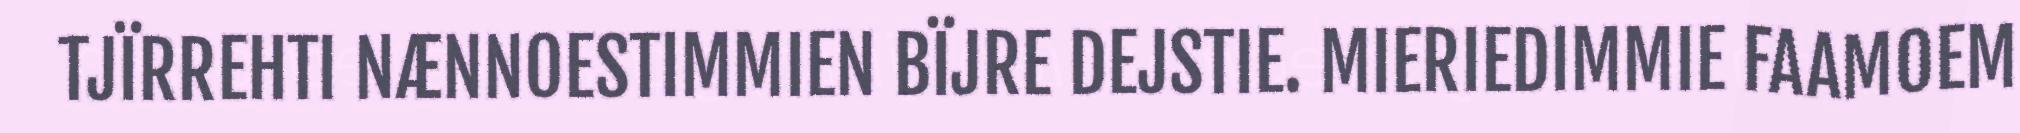
TJÏRREHTI NÆNNOESTIMMIEN BÏJRE DEJSTIE. MIERIEDIMMIE FAAMOEM